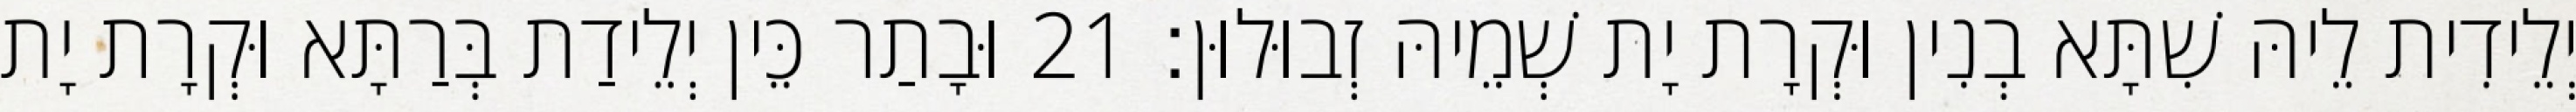
יְלֵידִית לֵיהּ שִׁתָּא בְנִין וּקְרָת יָת שְׁמֵיהּ זְבוּלוּן׃ 21 וּבָתַר כֵּין יְלֵידַת בְּרַתָּא וּקְרָת יָת